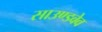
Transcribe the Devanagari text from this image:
साउण्डवेव